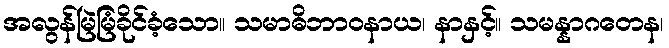
အလွန်မြဲမြံခိုင်ခံ့သော။ သမာဓိဘာဝနာယ၊ နာနှင့်။ သမန္နာဂတေန၊